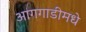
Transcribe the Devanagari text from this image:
आगगाडीमधे